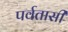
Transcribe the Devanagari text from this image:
पर्वतासी